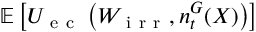
\mathbb { E } \left[ U _ { \mathrm { ~ e ~ c ~ } } \left( W _ { \mathrm { ~ i ~ r ~ r ~ } } , n _ { t } ^ { G } ( X ) \right) \right]